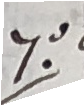
7.